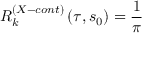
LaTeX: { \cal R } _ { k } ^ { \left( X - c o n t \right) } \left( \tau , s _ { 0 } \right) = \frac { 1 } { \pi }